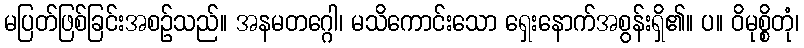
မပြတ်ဖြစ်ခြင်းအစဉ်သည်။ အနမတဂ္ဂေါ၊ မသိကောင်းသော ရှေးနောက်အစွန်းရှိ၏။ ပ။ ဝိမုစ္စိတုံ၊